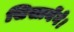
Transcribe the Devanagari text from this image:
सिखायेंगे।